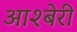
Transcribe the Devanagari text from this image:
आश्बेरी